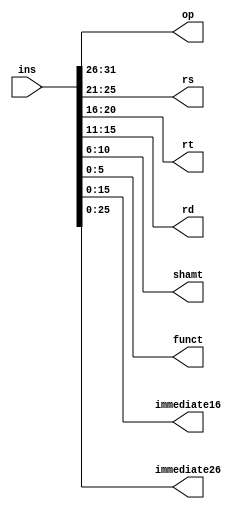
`timescale 1ns / 1ps
//////////////////////////////////////////////////////////////////////////////////
// Company: 
// 
// Design Name: 
// Module Name: InsAnalyse
// Project Name: 
// Target Devices: 
// Tool Versions: 
// Description: 
// 
// Dependencies: 
// 
// Revision:
// Revision 0.01 - File Created
// Additional Comments:
// 
//////////////////////////////////////////////////////////////////////////////////


module parser(
    input [31:0] ins,
    output [5:0] op,
    output [4:0] rs,
    output [4:0] rt,
    output [4:0] rd,
    output [4:0] shamt,
    output [5:0] funct,
    output [15:0] immediate16,
    output [25:0] immediate26
    );
    
    assign op = ins[31:26];
    assign rs = ins[25:21];
    assign rt = ins[20:16];
    assign rd = ins[15:11];
    assign shamt = ins[10:6];
    assign funct = ins[5:0];
    assign immediate16 = ins[15:0];
    assign immediate26 = ins[25:0];    
endmodule